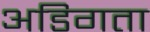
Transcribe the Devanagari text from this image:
अडिगता